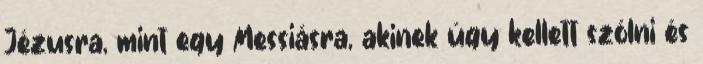
Jézusra, mint egy Messiásra, akinek úgy kellett szólni és